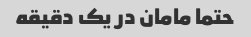
حتما مامان در یک دقیقه